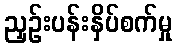
ညှဉ်းပန်းနှိပ်စက်မှု